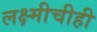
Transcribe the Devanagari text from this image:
लक्ष्मीचीही